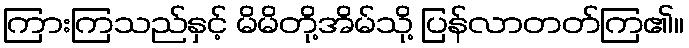
ကြားကြသည်နှင့် မိမိတို့အိမ်သို့ ပြန်လာတတ်ကြ၏။